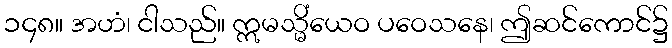
၁၄၈။ အဟံ၊ ငါသည်။ ဣမသ္မိံယေဝ ပဝေသနေ၊ ဤဆင်ကောင်၌